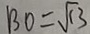
B O = \sqrt { 1 3 }